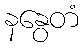
နနွေတံ